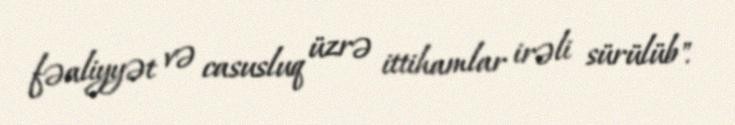
fəaliyyət və casusluq üzrə ittihamlar irəli sürülüb".